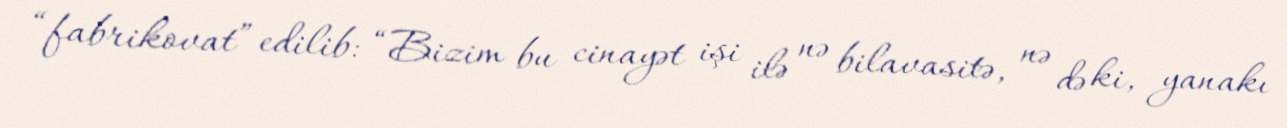
“fabrikovat” edilib: “Bizim bu cinayət işi ilə nə bilavasitə, nə də ki, yanakı